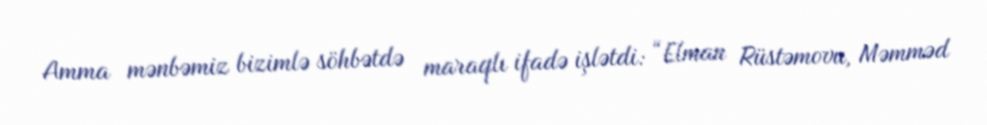
Amma mənbəmiz bizimlə söhbətdə maraqlı ifadə işlətdi: “Elman Rüstəmovu, Məmməd